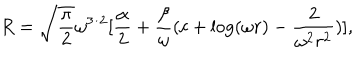
R = \sqrt { \frac { \pi } { 2 } } \omega ^ { 3 / 2 } [ \frac { \alpha } { 2 } + \frac { \beta } { \omega } ( c + \log ( \omega r ) - \frac { 2 } { \omega ^ { 2 } r ^ { 2 } } ) ] ,